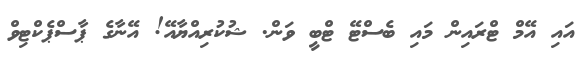
އައި އޭމް ޓްރައިން މައި ބެސްޓޭ ޓްބީ ވަން. ޝުކުރިއްޔާއޭ! އޭނާގެ ޕާސްޕެކްޓިވް